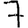
Digit: 7